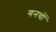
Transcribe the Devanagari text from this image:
गनचों